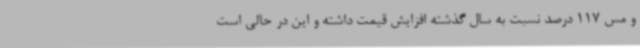
و مس 117 درصد نسبت به سال گذشته افزایش قیمت داشته و این در حالی است